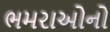
ભમરાઓનો